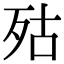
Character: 㱠